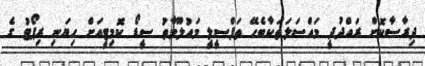
ދިރާސާކޮށް ރައްދުދީ މައްސަލަތަކާބެހޭ ތަފްސީލީ މައުލޫމާތު ސީޑޯ ކޮމިޓީއަށް ހިޔަނި ރިޕޯޓު ގެ